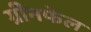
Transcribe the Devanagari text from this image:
ग्रीनफेल